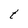
Character: t